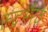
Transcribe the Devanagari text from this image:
रूद्रभैरव